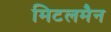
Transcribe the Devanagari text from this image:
मिटलमैन